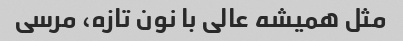
مثل همیشه عالی با نون تازه، مرسی